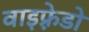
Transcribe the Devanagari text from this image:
वाइफ़्रेडो